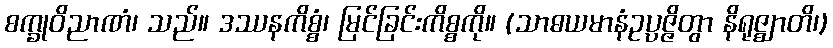
စက္ခုဝိညာဏံ၊ သည်။ ဒဿနကိစ္စံ၊ မြင်ခြင်းကိစ္စကို။ (သာဓယမာနံဥပ္ပဇ္ဇိတွာ နိရုဇ္ဈာတိ၊)